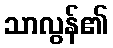
သာလွန်၏